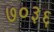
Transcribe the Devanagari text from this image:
७०३६